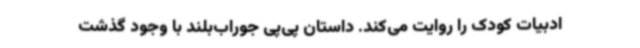
ادبیات کودک را روایت می‌کند. داستان پی‌پی جوراب‌بلند با وجود گذشت